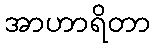
အာဟာရိတာ